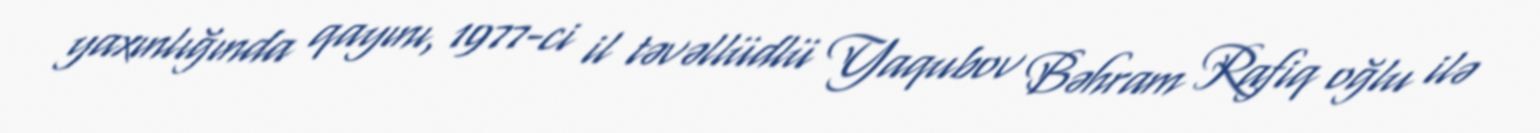
yaxınlığında qayını, 1977-ci il təvəllüdlü Yaqubov Bəhram Rafiq oğlu ilə